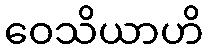
ဝေသိယာဟိ